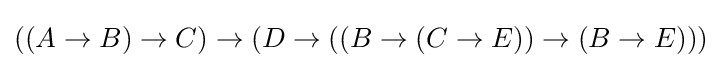
((A\to B)\to C)\to (D\to ((B\to (C\to E))\to (B\to E)))